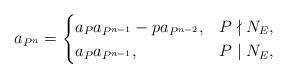
LaTeX: \begin{align*}a_{P^n} &=\begin{cases}a_P a_{P^{n-1}}-pa_{P^{n-2}}, & P \nmid N_E,\\a_P a_{P^{n-1}}, & P\mid N_E, \end{cases} \end{align*}